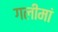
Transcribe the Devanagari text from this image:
गलीमां